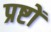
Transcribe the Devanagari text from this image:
प्रष्टों